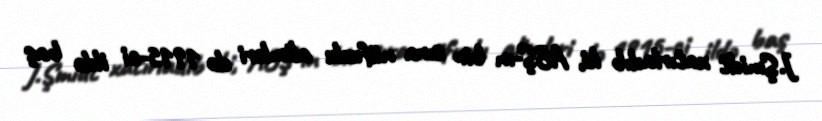
J.Şmidt xatırladıb ki, ABŞ-ın bir sıra nüfuzlu alimləri də 1915-ci ildə baş